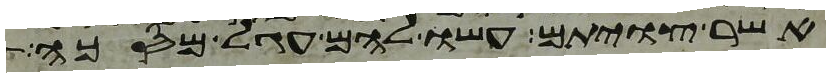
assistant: אשר צויתם עשו להם עגל מסכה